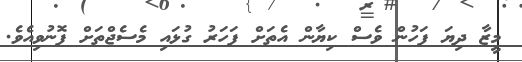
މީޒާ ދިޔަ ފަހުން ވެސް ކިޔާން އެތަށް ފަހަރު ގުޅައި މެސެޖްތަށް ފޮނުވިއެވެ.